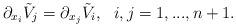
LaTeX: \begin{align*}\partial_{x_i}\tilde V_j=\partial_{x_j}\tilde V_i, \ \ i,j=1,...,n+1.\end{align*}